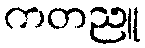
ကတညူ